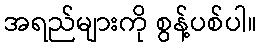
အရည်များကို စွန့်ပစ်ပါ။